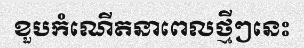
ខួបកំណើតនាពេលថ្មីៗនេះ